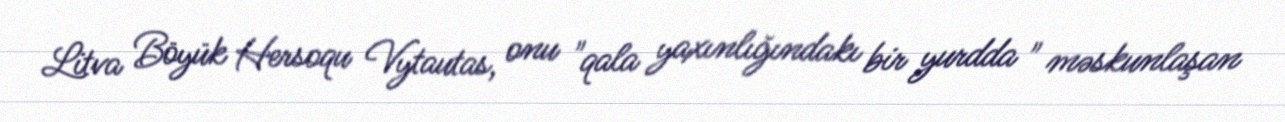
Litva Böyük Hersoqu Vytautas, onu "qala yaxınlığındakı bir yurdda " məskunlaşan